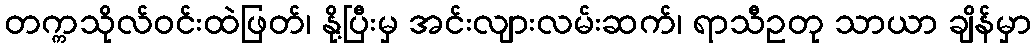
တက္ကသိုလ်ဝင်းထဲဖြတ်၊ နို့ပြီးမှ အင်းလျားလမ်းဆက်၊ ရာသီဥတု သာယာ ချိန်မှာ